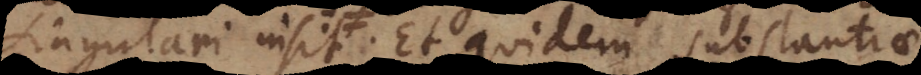
singulari insit, Et quidem substantiae